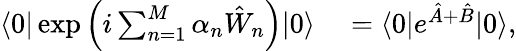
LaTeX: \begin{array}{rl}{\langle 0|\exp\left(i\sum_{n=1}^{M}\alpha_{n}\hat{W}_{n}\right)|0\rangle}&{{}=\langle 0|e^{\hat{A}+\hat{B}}|0\rangle,}\end{array}